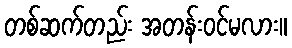
တစ်ဆက်တည်း အတန်းဝင်မလား။